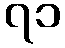
၇၁